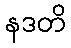
နဒတိ